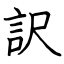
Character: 訳